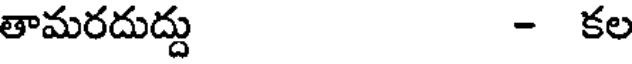
తామరదుద్దు - కల